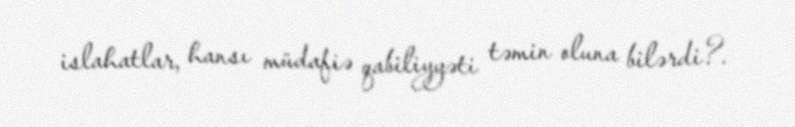
islahatlar, hansı müdafiə qabiliyyəti təmin oluna bilərdi?.